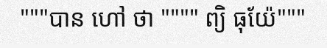
"""បាន ហៅ ថា """" ព្យិ ធុយ៉ែ"""